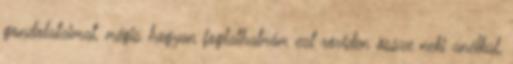
gondolataimat, mégis hogyan foglalhatnám ezt röviden össze neki anélkül,